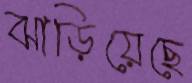
ঝাড়িয়েছে